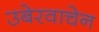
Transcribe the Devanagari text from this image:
उबेरवाचेन